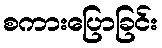
စကားပြောခြင်း